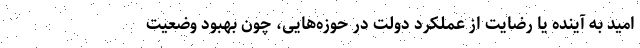
امید به آینده یا رضایت از عملکرد دولت در حوزه‌هایی، چون بهبود وضعیت